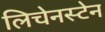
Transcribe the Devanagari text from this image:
लिचेनस्टेन